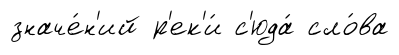
значе́н'ий р'ек'и́ с'юда́ сло́ва